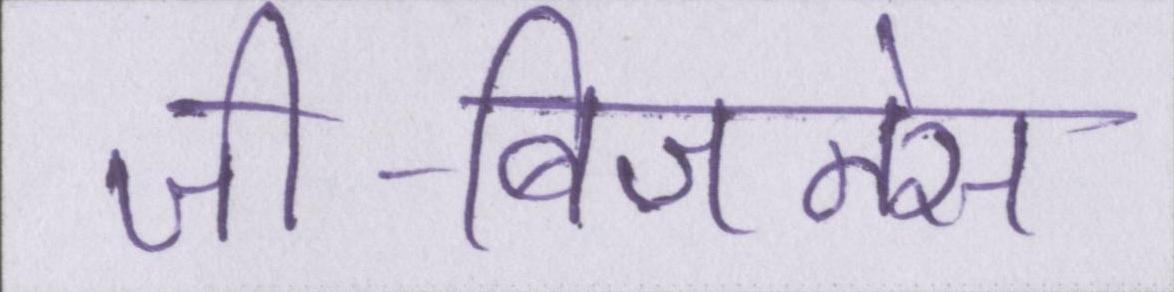
जी-बिजनेस